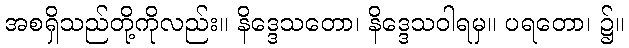
အစရှိသည်တို့ကိုလည်း။ နိဒ္ဒေသတော၊ နိဒ္ဒေသဝါရမှ။ ပရတော၊ ၌။